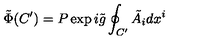
\tilde { \Phi } ( C ^ { \prime } ) = P \exp i \tilde { g } \oint _ { C ^ { \prime } } \tilde { A } _ { i } d x ^ { i }